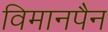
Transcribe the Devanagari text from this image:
विमानपैन